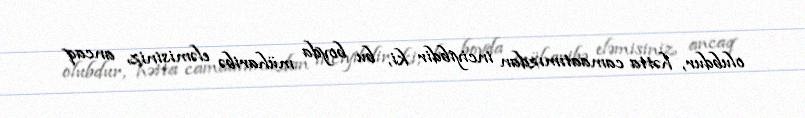
olubdur, hətta camaatımızdan inciyibdir ki, bu boyda müharibə eləmisiniz, ancaq